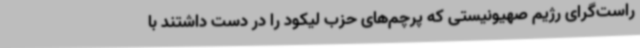
راست‌گرای رژیم صهیونیستی که پرچم‌های حزب لیکود را در دست داشتند با